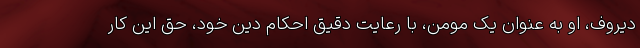
دیروف، او به عنوان یک مومن، با رعایت دقیق احکام دین خود، حق این کار